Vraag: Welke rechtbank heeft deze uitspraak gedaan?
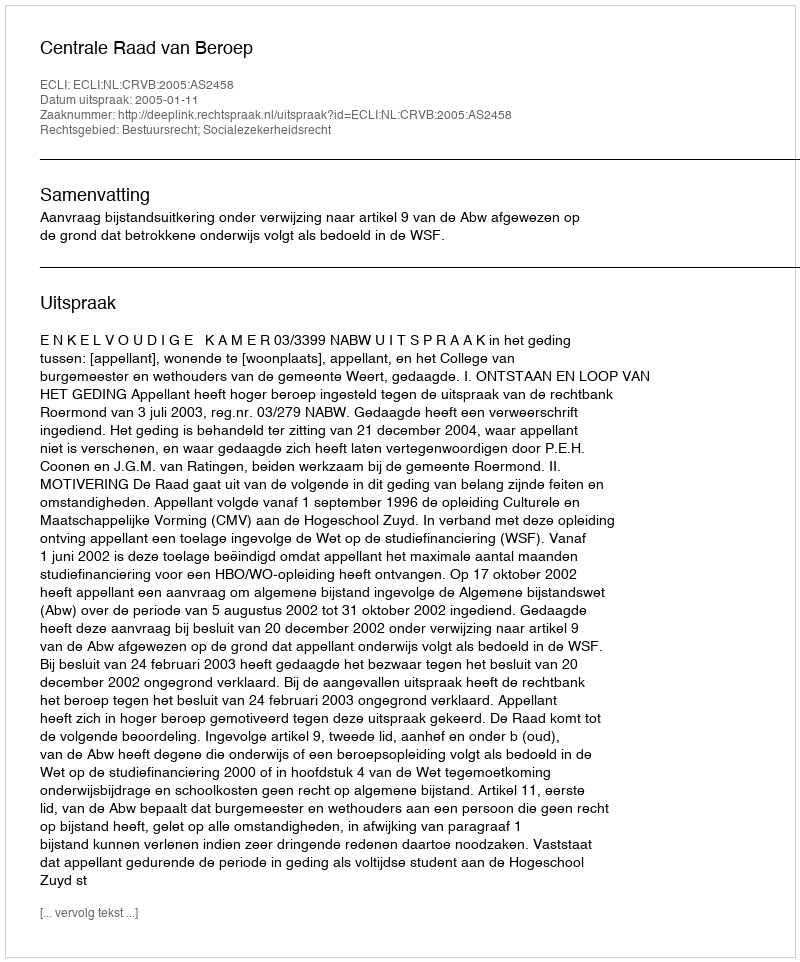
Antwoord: Centrale Raad van Beroep